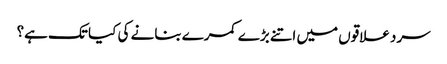
سرد علاقوں میں اتنے بڑے کمرے بنانے کی کیا تک ہے؟